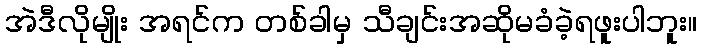
အဲဒီလိုမျိုး အရင်က တစ်ခါမှ သီချင်းအဆိုမခံခဲ့ရဖူးပါဘူး။